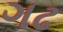
ગઢ